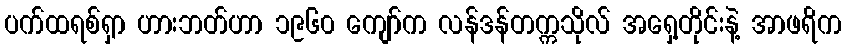
ပက်ထရစ်ရှာ ဟားဘတ်ဟာ ၁၉၆၀ ကျော်က လန်ဒန်တက္ကသိုလ် အရှေ့တိုင်းနဲ့ အာဖရိက